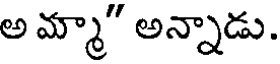
అ మ్మా" అన్నాడు.